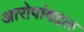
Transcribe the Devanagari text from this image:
आरोपांबद्दल